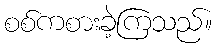
စစ်ကစားခဲ့ကြသည်။